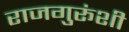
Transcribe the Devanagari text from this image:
राजगुरूंशी